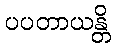
ပပတာယန္တိ